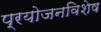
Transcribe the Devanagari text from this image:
प्रयोजनविशेष